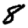
Digit: 8